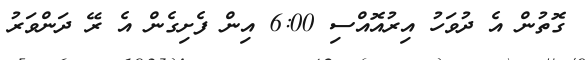
ގޮތުން އެ ދުވަހު އިރުއޮއްސި 6:00 އިން ފެށިގެން އެ ރޭ ދަންވަރު